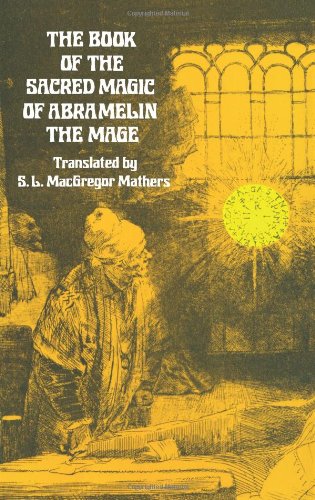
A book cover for The Book of the Sacred Magic of Abramelin the Mage (Dover Occult); Religion & Spirituality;